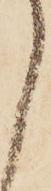
く